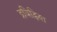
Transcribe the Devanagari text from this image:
द्रविड़िया